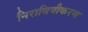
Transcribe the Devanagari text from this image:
निराविषीकरण